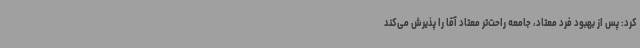
کرد: پس از بهبود فرد معتاد، جامعه راحت‌تر معتاد آقا را پذیرش می‌کند